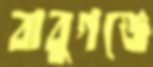
বাবুগঞ্জে